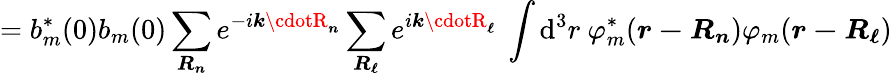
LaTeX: =b_{m}^{*}(0)b_{m}(0)\sum_{\boldsymbol{R_{n}}}e^{-i{\boldsymbol{k\cdotR_{n}}}}\sum_{\boldsymbol{R_{\ell}}}e^{i{\boldsymbol{k\cdotR_{\ell}}}}\ \int\mathrm{d}^{3}r\ \varphi_{m}^{*}({\boldsymbol{r-R_{n}}})\varphi_{m}({\boldsymbol{r-R_{\ell}}})